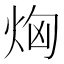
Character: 𤈤